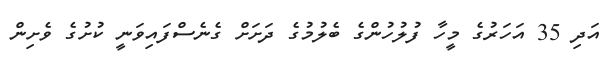
އަދި 35 އަހަރުގެ މީހާ ފުލުހުންގެ ބެލުމުގެ ދަށަށް ގެނެސްފައިވަނީ ކުށުގެ ވެށިން